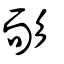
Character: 耏